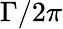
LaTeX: \Gamma/2\pi